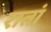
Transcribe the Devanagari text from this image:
रातां